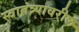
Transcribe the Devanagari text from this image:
स्वातंत्र्यावरील